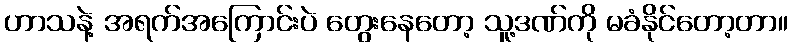
ဟာသနဲ့ အရက်အကြောင်းပဲ တွေးနေတော့ သူ့ဒဏ်ကို မခံနိုင်တော့တာ။